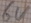
Text: 6V